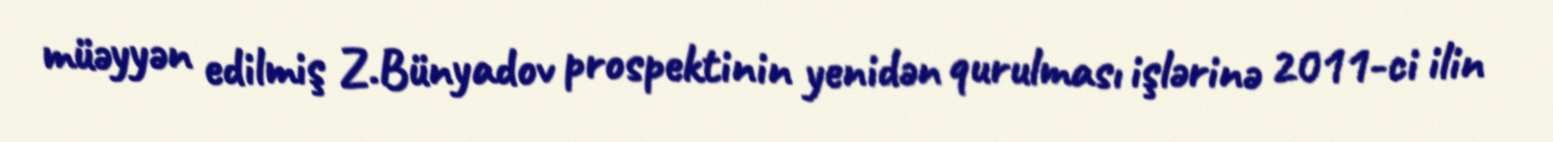
müəyyən edilmiş Z.Bünyadov prospektinin yenidən qurulması işlərinə 2011-ci ilin